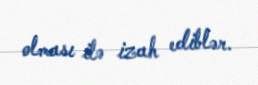
olması ilə izah ediblər.